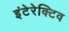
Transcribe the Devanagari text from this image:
इंटेरेक्टिव